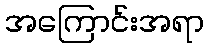
အကြောင်းအရာ